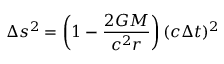
\Delta s ^ { 2 } = \left( 1 - { \frac { 2 G M } { c ^ { 2 } r } } \right) ( c \Delta t ) ^ { 2 }